Lunatic asylums Madras 1892-1911 - 1892-1911
Year: 1892
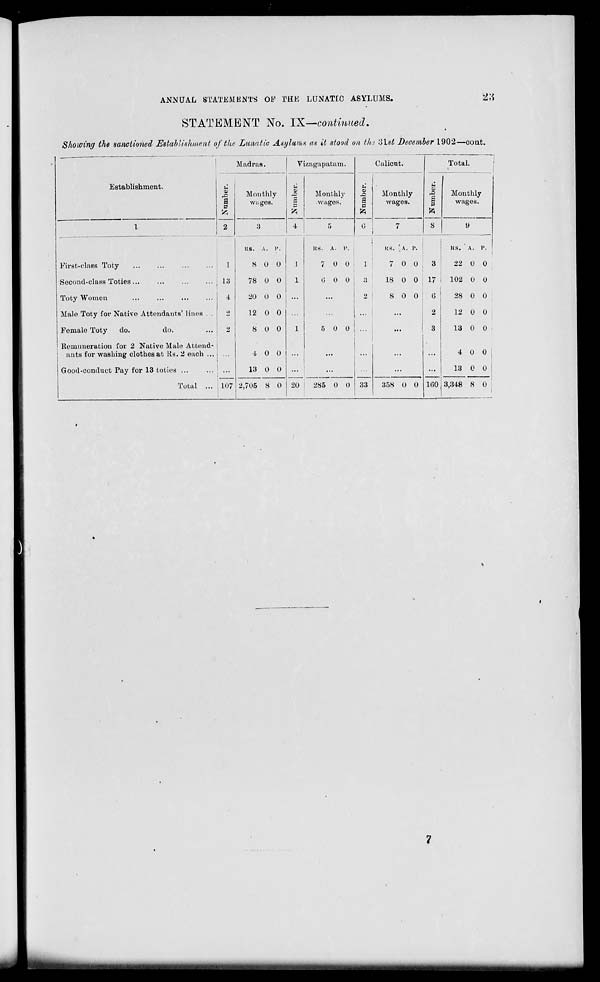
ANNUAL STATEMENTS 0I«' THE LUNATIC ASYLUMS.
gtf
STATEMENT No. IX—continued.
Showing the sanctioned Establishment of the Lunatic Asylums as it stood on tin '3\.st December 1902—cout.
Madras.
Vizagapatam.
Calicut.
Establishment.
First-class Toty
Second-class Toties ...
Toty Women
Male Toty for Native Attendants' lines
Female Toty
do.
do.
Remuneration for 2 Native Male Attend-
ants for washing clothes at Rs. 2 each ...
Good-conduct Pay for 13 toties ...
Total ...
u
1 P
I
13
4
107
Monthly
9
s
its. A. p.
8 0 0
1
78 0 0 1
20 0 0 ...
12 0 0
8 0 0
1
4 0 0
...
13 0 0 ...
2,705 8 0 20 i
Monthly
wages.
u
o
a
P
m
KS. A. P.
7 0 0
1
6 0 0
3
...
2
5 0 0
...
...
^85 0 0 33
Monthly
wages.
u
s
P
8
as. A. p.
7 0 0
18 0 0
8 0 0
3
17
0
2
3
358 0 0
Total.
Monthly
9
KS. A. P.
22 0 0
102 0 0
28 0 0
12 0 0
13 0 0
4 0 0
13 0 0
100 i 3,348 8 0
l